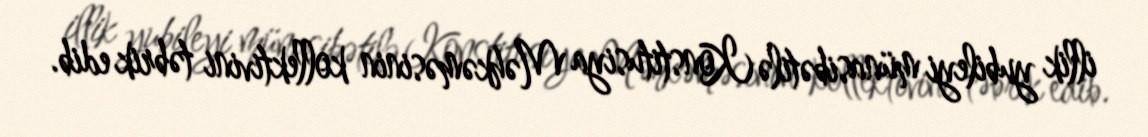
illik yubileyi münasibətilə Konstitusiya Məhkəməsinin kollektivini təbrik edib.